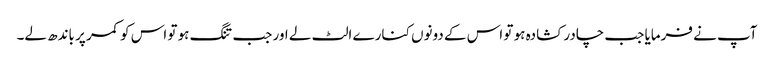
آپ نے فرمایا جب چادر کشادہ ہو تو اس کے دونوں کنارے الٹ لے اور جب تنگ ہو تو اس کو کمر پر باندھ لے۔